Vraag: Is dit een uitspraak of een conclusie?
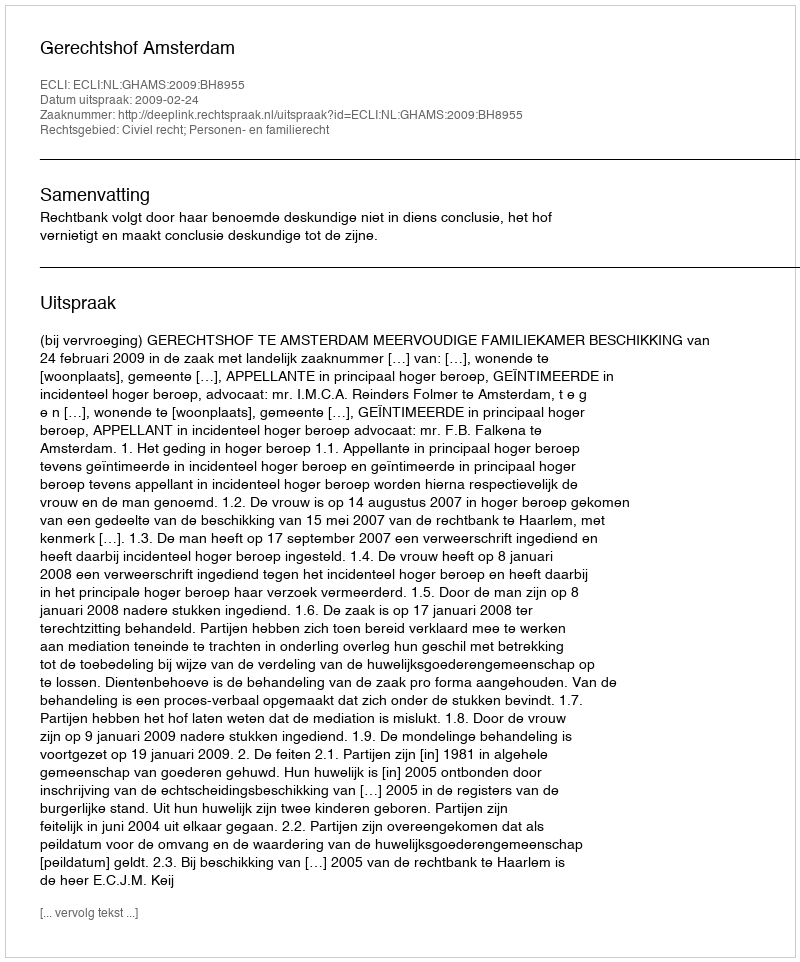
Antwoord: Uitspraak